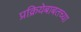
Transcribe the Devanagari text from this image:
प्रक्रियेबाबतच्या